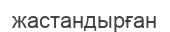
жастандырған